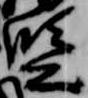
監